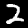
Digit: 2